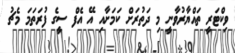
ވިކްޓަރީ ތައްޔާރުވާނީ މި ދަތުރަށް ކަމަށާއި އޭ އެފް ސީގެ ފުރަތަމަ މެޗު